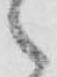
之